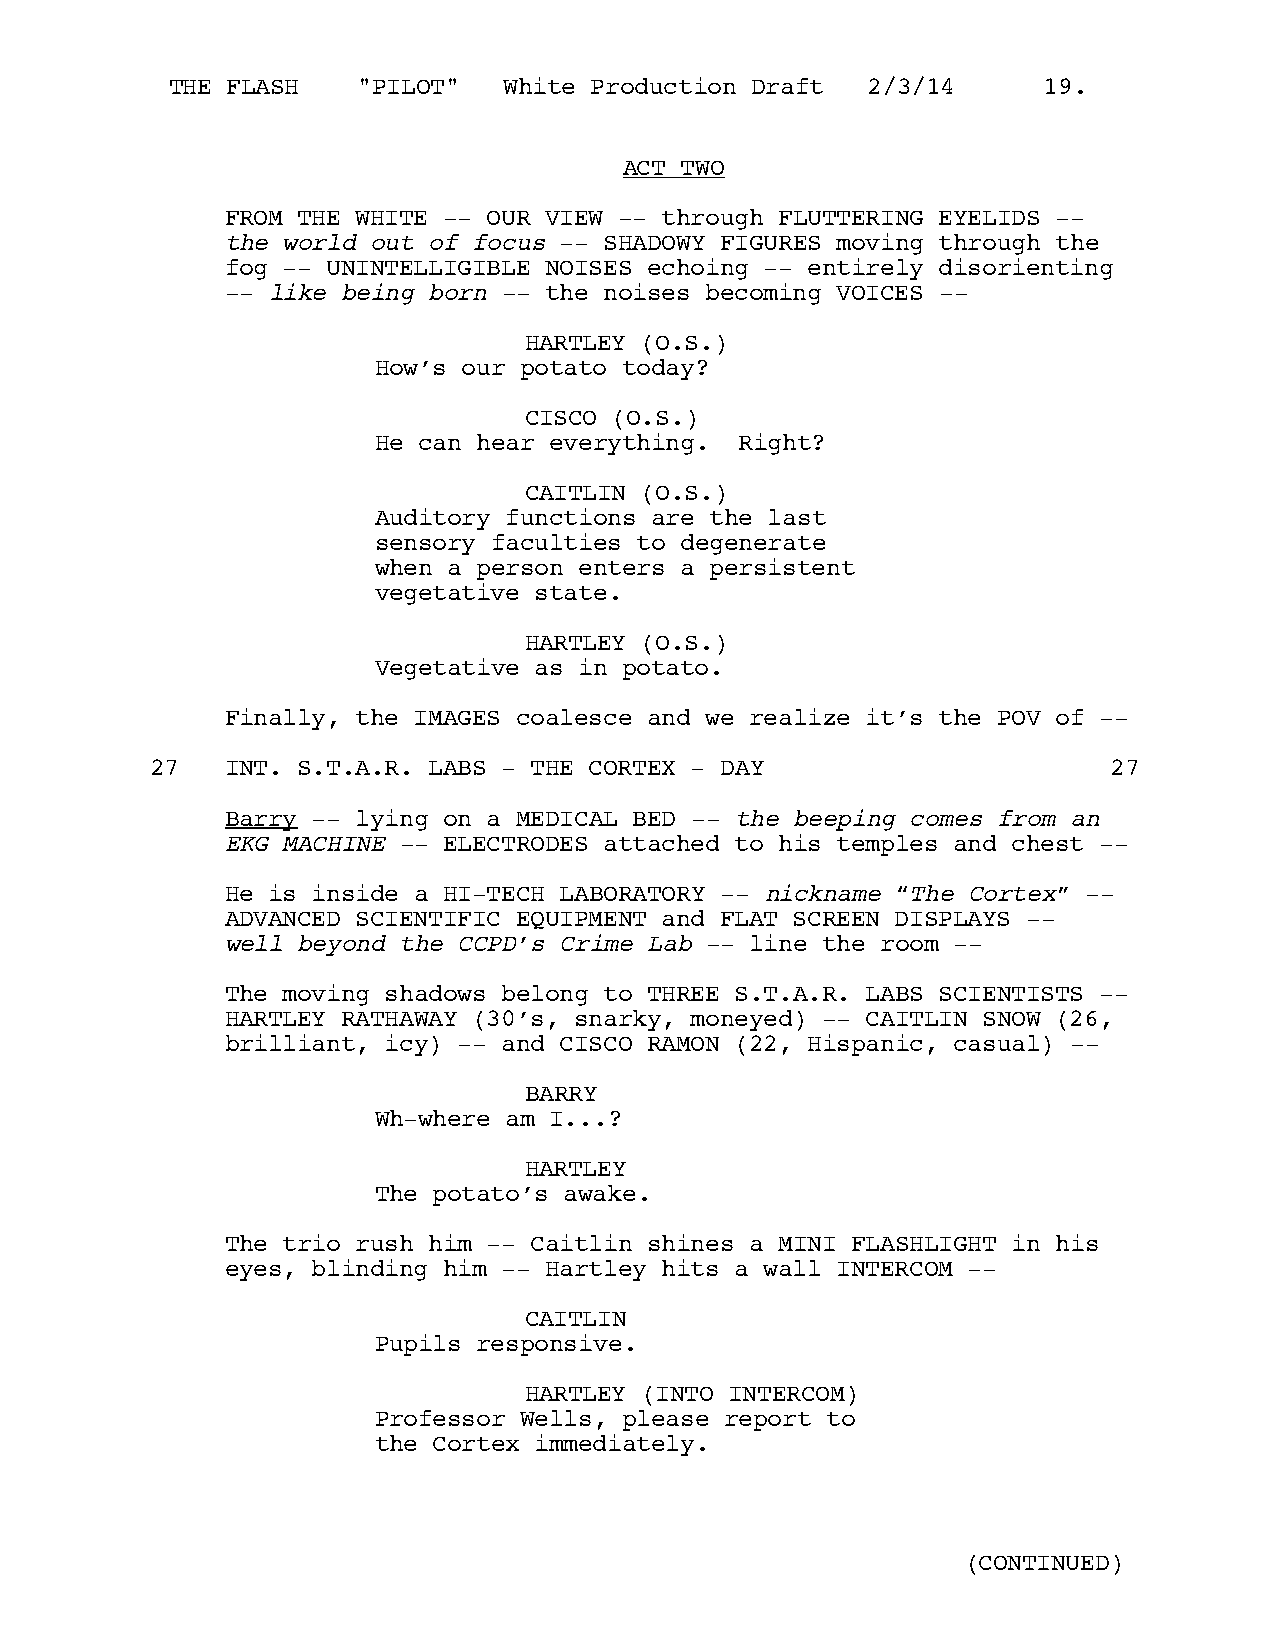
THE FLASH    "PILOT"  White Production Draft  2/3/14      19.
 ACT TWO
 FROM THE WHITE -- OUR VIEW -- through FLUTTERING EYELIDS --
 the world out of focus -- SHADOWY FIGURES moving through the
 fog -- UNINTELLIGIBLE NOISES echoing -- entirely disorienting
 -- like being born -- the noises becoming VOICES --
 HARTLEY (O.S.)
 How’s our potato today?
 CISCO (O.S.)
 He can hear everything. Right?
 CAITLIN (O.S.)
 Auditory functions are the last
 sensory faculties to degenerate
 when a person enters a persistent
 vegetative state.
 HARTLEY (O.S.)
 Vegetative as in potato.
 Finally, the IMAGES coalesce and we realize it’s the POV of --
 27   INT. S.T.A.R. LABS - THE CORTEX - DAY                      27
 Barry -- lying on a MEDICAL BED -- the beeping comes from an
 EKG MACHINE -- ELECTRODES attached to his temples and chest --
 He is inside a HI-TECH LABORATORY -- nickname “The Cortex” --
 ADVANCED SCIENTIFIC EQUIPMENT and FLAT SCREEN DISPLAYS --
 well beyond the CCPD’s Crime Lab -- line the room --
 The moving shadows belong to THREE S.T.A.R. LABS SCIENTISTS --
 HARTLEY RATHAWAY (30’s, snarky, moneyed) -- CAITLIN SNOW (26,
 brilliant, icy) -- and CISCO RAMON (22, Hispanic, casual) --
 BARRY
 Wh-where am I...?
 HARTLEY
 The potato’s awake.
 The trio rush him -- Caitlin shines a MINI FLASHLIGHT in his
 eyes, blinding him -- Hartley hits a wall INTERCOM --
 CAITLIN
 Pupils responsive.
 HARTLEY (INTO INTERCOM)
 Professor Wells, please report to
 the Cortex immediately.
 (CONTINUED)